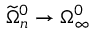
\widetilde \Omega _ { n } ^ { 0 } \to \Omega _ { \infty } ^ { 0 }